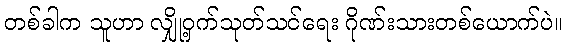
တစ်ခါက သူဟာ လျှို့ဝှက်သုတ်သင်ရေး ဂိုဏ်းသားတစ်ယောက်ပဲ။